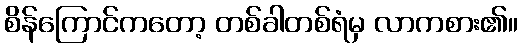
စိန်ကြောင်ကတော့ တစ်ခါတစ်ရံမှ လာကစား၏။